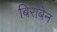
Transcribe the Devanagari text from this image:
बिराबेन